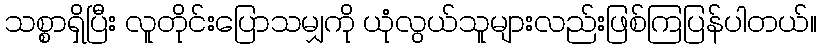
သစ္စာရှိပြီး လူတိုင်းပြောသမျှကို ယုံလွယ်သူများလည်းဖြစ်ကြပြန်ပါတယ်။